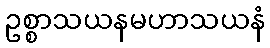
ဥစ္စာသယနမဟာသယနံ